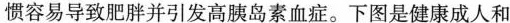
惯容易导致肥胖并引发高胰岛素血症。下图是健康成人和